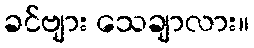
ခင်ဗျား သေချာလား။